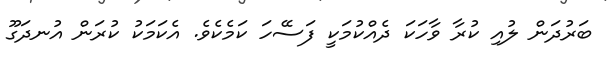
ބަރުދަން ލުއި ކުރާ ވާހަކަ ދެއްކުމަކީ ފަސޭހަ ކަމެކެެވެ. އެކަމަކު ކުރަން އުނދަގޫ